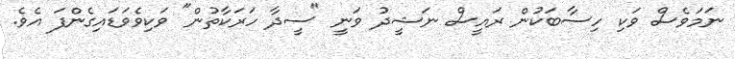
ނަމަވެސް ވަކި ހިސާބަކުން ރައީސް ނަޝީދު ވަނީ "ސީދާ ހަރަކާތުން" ވަކިވެވަޑައިގެންފަ އެވެ.